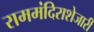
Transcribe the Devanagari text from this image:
राममंदिराशेजारी